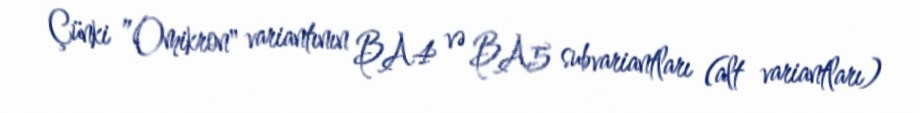
Çünki ”Omikron" variantının BA4 və BA5 subvariantları (alt variantları)